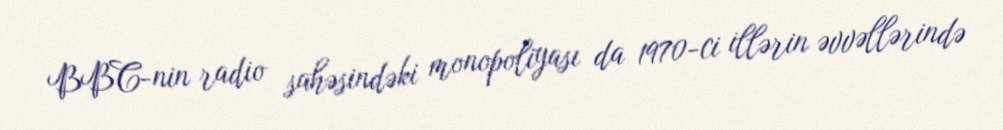
BBC-nin radio sahəsindəki monopoliyası da 1970-ci illərin əvvəllərində